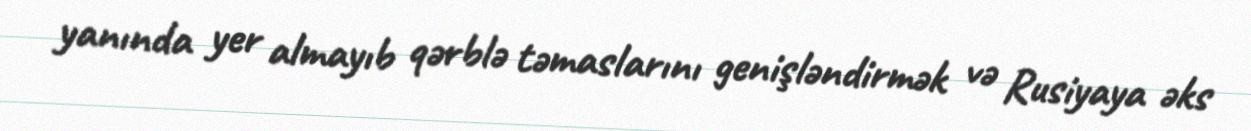
yanında yer almayıb qərblə təmaslarını genişləndirmək və Rusiyaya əks